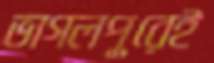
ভাগলপুরেই